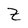
Character: Z